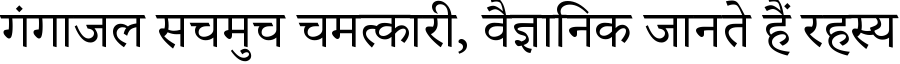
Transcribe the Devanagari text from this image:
गंगाजल सचमुच चमत्कारी, वैज्ञानिक जानते हैं रहस्य